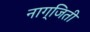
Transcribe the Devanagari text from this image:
नाग्जिती